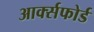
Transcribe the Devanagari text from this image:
आर्क्सफोर्ड